Report on vaccination in Madras 1877-1894 - 1877-1894
Year: 1877
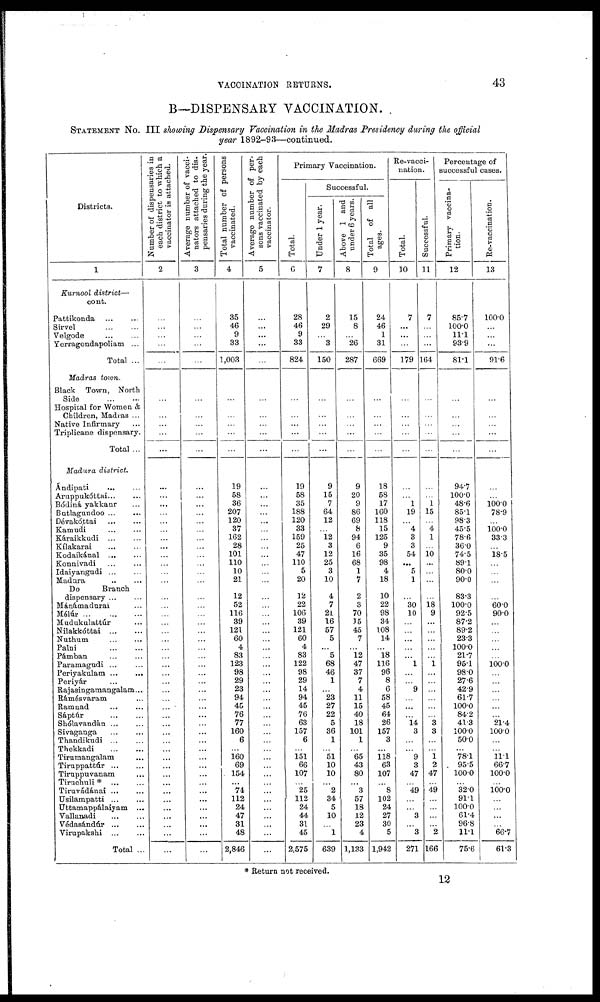
VACCINATION RETURNS.
43
B—DISPENSARY VACCINATION.
STATEMENT No. III showing Dispensary Vaccination in the Madras Presidency during the official
year 1892-93—continued.
Districts.
1
Kurnool district—
cont.
Pattikonda... ...
Sirvel... ...
Velgode...
...
Yerragondapoliam ...
Total ...
Madras town.
Black Town, North
Side...
...
Hospital for Women &
Children, Madras ...
Native Infirmary...
Triplicane dispensary.
Total ...
Madura district.
Ándipati... ...
Aruppakóttai... ...
Bódiná yakkanr...
Batlagundoo ... ...
Dévakóttai...
...
Kamudi... ...
Káraikkudi...
...
Kílakarai...
...
Kodaikánal... ...
Konnivadi... ...
Idaiyangudi... ...
Madura.. ...
Do
Branch
dispensary...
...
Mánámadurai...
Mélúr ...
...
...
Madukulattúr...
Nilakkóttai...
...
Nuthum...
...
Palni...
...
Pámban...
...
Paramagudi... ...
Periyakulam...
...
Periyár... ...
Rajasingamangalam...
Rámésvaram...
Ramnad...
...
Sáptúr...
...
Shólavandán...
...
Sivaganga...
...
Thandikudi...
...
Thekkadi...
...
Tirumangalam...
Tiruppattúr...
...
Tiruppuvanam...
Tiruchuli
*...
...
Tiruvádánai...
...
Usilampatti...
...
Uttamappálaiyam... ...
Vallanadi...
...
Védasándúr...
...
Virupakshi...
...
Total ...
Number of dispensaries in
each district to which a
vaccinator is attached.
2
...
...
...
...
...
...
...
...
...
...
...
...
...
...
...
...
...
...
...
...
...
...
...
...
...
...
...
...
...
...
...
...
...
...
...
...
...
...
...
...
...
...
...
...
...
...
...
...
...
...
...
...
Average number of vacci¬
nators attached to dis-
pensaries during the year.
3
...
...
...
...
...
...
...
...
...
...
...
...
...
...
...
...
...
...
...
...
...
...
...
...
...
...
...
...
...
...
...
...
...
...
...
...
...
...
...
...
...
...
...
...
...
...
...
...
...
...
...
...
Total number of persons
vaccinated.
4
35
46
9
33
1,003
...
...
...
...
...
19
58
36
207
120
37
162
28
101
110
10
21
12
52
116
39
121
60
4
83
123
98
29
23
94
45
76
77
160
6
...
160
69
154
...
74
112
24
47
31
48
2,846
Average number of per-
sons vaccinated by each
vaccinator.
5
...
...
...
...
...
...
...
...
...
...
...
...
...
...
...
...
...
...
...
...
...
...
...
...
...
...
...
...
...
...
...
...
...
...
...
...
...
...
...
...
...
...
...
...
...
...
...
...
...
...
...
...
Primary Vaccination.
Total.
6
28
46
9
33
824
...
...
...
...
...
19
58
35
188
120
33
159
25
47
110
5
20
12
22
106
39
121
60
4
83
122
98
29
14
94
45
76
63
157
6
...
151
66
107
...
25
112
24
44
31
45
2,575
Successful.
Under 1 year.
7
2
29
...
3
150
...
...
...
...
...
9
15
7
64
12
...
12
3
12
25
3
10
4
7
21
16
57
5
...
5
68
46
1
...
23
27
22
5
36
1
...
51
10
10
...
2
34
5
10
...
1
639
Above 1 and
under 6 years.
8
15
8
...
26
287
...
...
...
...
...
9
20
9
86
69
8
94
6
16
68
1
7
2
3
70
15
45
7
...
12
47
37
7
4
11
15
40
18
101
1
...
65
43
80
... 3
57
18
12
23
4
1,133
Total of all
ages.
9
24
46
1
31
669
...
...
...
...
...
18
58
17
160
118
15
125
9
35
98
4
18
10
22
98
34
108
14
...
18
116
96
8
6
58
45
64
26
157
3
...
118
63
107
...
8
102
24
27
30
5
1,942
Re-vacci-
nation.
Total.
10
7
...
...
...
179
...
...
...
...
...
...
...
1
19
...
4
3
3
54
...
5
1
...
30
10
...
...
...
...
...
1
...
...
9
...
...
...
14
3
...
...
9
3
47
...
49
...
...
3
...
3
271
Successful.
11
7
...
...
...
164
...
...
...
...
...
...
...
1
15
...
4
1
...
10 ...
...
...
...
18
9
...
...
...
...
...
1
...
...
...
...
...
...
3
3
...
...
1 2
47
...
49
...
...
...
...
2
166
Percentage of
successful cases.
Primary vaccina-
tion.
12
85.7
100.0
11.1
93.9
81.1
...
...
...
...
...
94.7
100.0
48.6
85.1
98.3
45.5
78.6
36.0
74.5
89.1
80.0
90.0
83.3
100.0
92.5
87.2
89.2
23.3
100.0
21.7
95.1
98.0
27.6
42.9
61.7
100.0
84.2
41.3
100.0
50.0
...
78.1
95.5
100.0
...
32.0
91.1
100.0
61.4
96.8
11.1
75.6
Re-vaccination.
13
100.0
...
...
...
91.6
...
...
...
...
...
...
...
100.0 78.9
...
100.0 33.3
...
18.5
...
...
...
...
60.0
90.0
...
...
...
...
...
100.0
...
...
...
...
...
...
21.4
100.0
...
...
11.1
66.7
100.0
...
100.0
...
...
...
...
66.7
61.3
* Return not received.
12